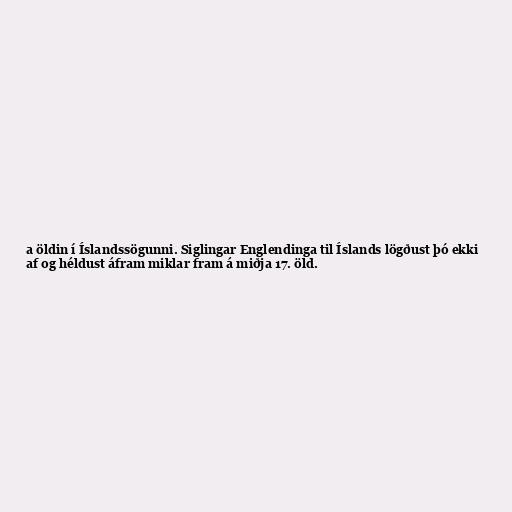
a öldin í Íslandssögunni. Siglingar Englendinga til Íslands lögðust þó ekki
af og héldust áfram miklar fram á miðja 17. öld.